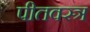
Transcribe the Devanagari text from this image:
पीतवस्त्र